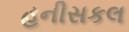
હનીસકલ